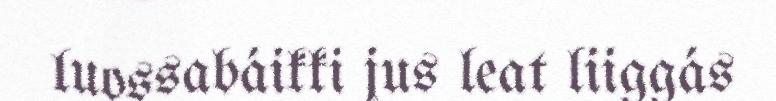
luossabáikki jus leat liiggás